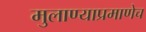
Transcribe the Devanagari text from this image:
मुलाण्याप्रमाणेच